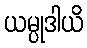
ယမ္ပုဒါယိ